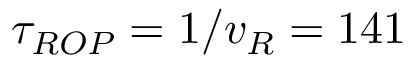
\tau _ { R O P } = 1 / v _ { R } = 1 4 1